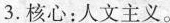
3.核心：人文主义。